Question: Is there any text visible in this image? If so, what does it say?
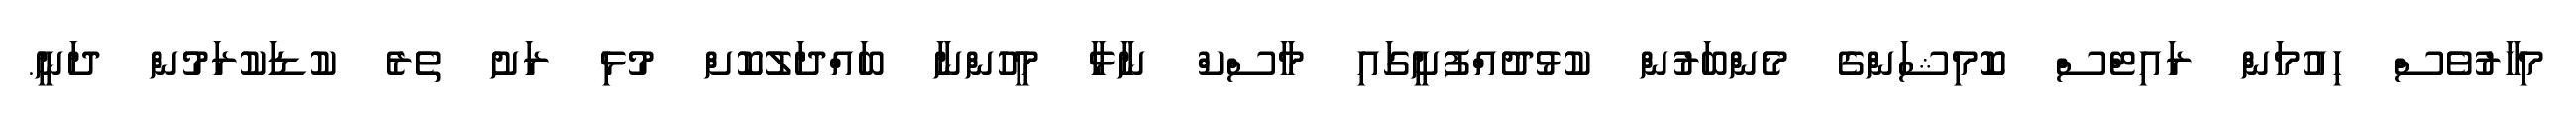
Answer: މިހާރުވެސް ހިއުމަން ރައިޓްސް ކޮމިޝަންގެ މެންބަރުން ކުޅުދުއްފުށީގައި މާސްކް ނާޅާ މީހުންނާ ބައްދަލުކޮށް މުޅި ރަށު ތެރެ ކުޑަކުރަމުން ދަނީ.